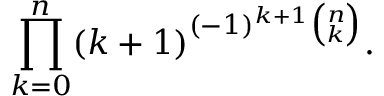
\prod _ { k = 0 } ^ { n } ( k + 1 ) ^ { ( - 1 ) ^ { k + 1 } { \binom { n } { k } } } .